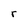
Character: r